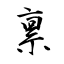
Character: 禀